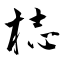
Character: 梽